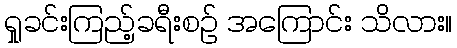
ရှုခင်းကြည့်ခရီးစဉ် အကြောင်း သိလား။